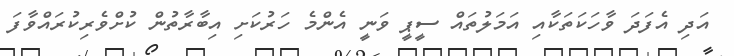
އަދި އެފަދަ ވާހަކަތަކާއި އަމަލުތައް ސީޕީ ވަނީ އެންމެ ހަރުކަށި އިބާރާތުން ކުށްވެރިކުރައްވާފަ